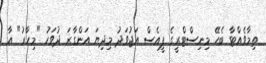
ތިމާވެއްޓާ ބެހޭ މިނިސްޓްރީގެ ޕީއެސް އަޖުވަދު މިދިޔަ އަންގާރަ ދުވަހު "މިހާރު" އާ